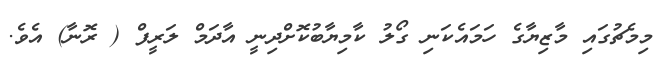
މިމެޗުގައި މާޒިޔާގެ ހަމައެކަނި ގޯލު ކާމިޔާބުކޮށްދިނީ އާދަމް ލަރީފް ( ރޮނާ) އެވެ.